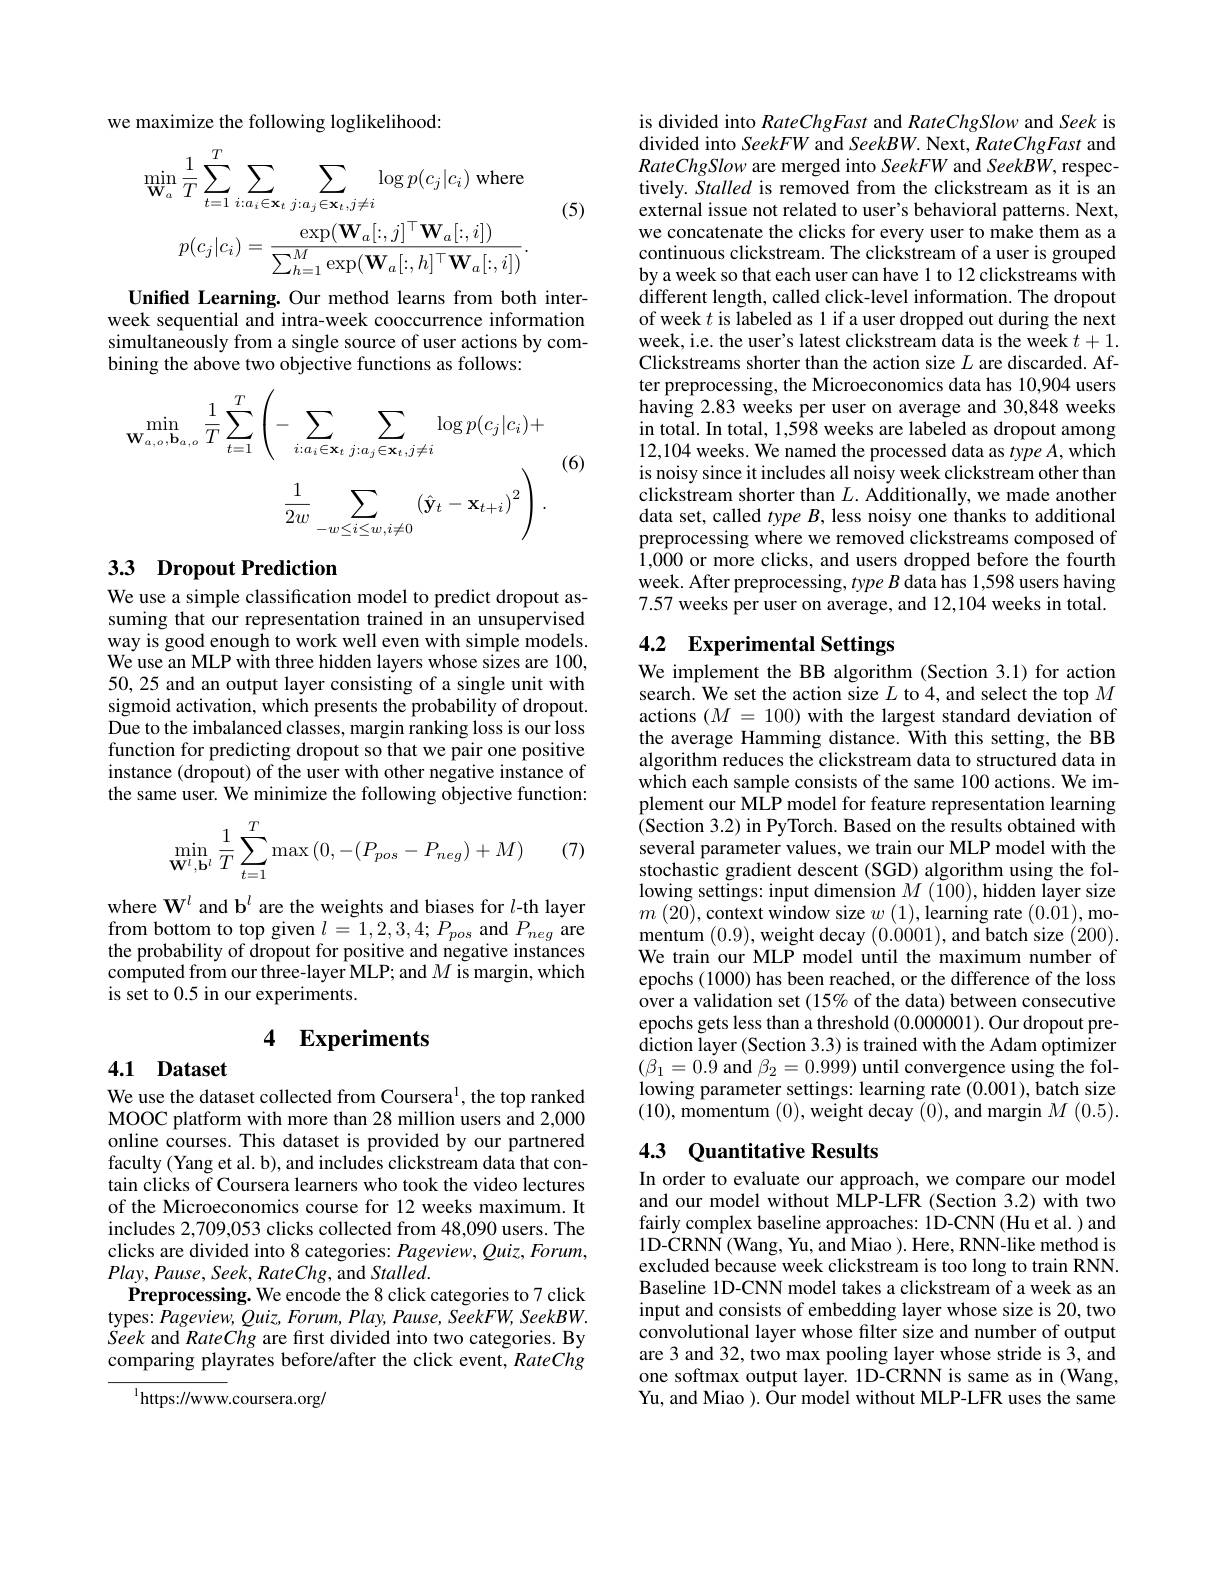
we maximize the following loglikelihood:

(5)
$$\min_{\mathbf{W}_{a}}\frac{1}{T}\sum_{t=1}^{T}\sum_{i:a_{i}\in\mathbf{x}_{t}}\sum_{j:a_{j}\in\mathbf{x}_{t},j\neq i}\log p(c_{j}|c_{i})\text{where}$$
$$p(c_j|c_i)=\frac{\exp(\mathbf{W}_a[:,j]^\top\mathbf{W}_a[:,i])}{\sum_{h=1}^M\exp(\mathbf{W}_a[:,h]^\top\mathbf{W}_a[:,i])}.$$
Unified Learning. Our method learns from both interweek sequential and intra-week cooccurrence information simultaneously from a single source of user actions by combining the above two objective functions as follows:
$$\begin{aligned}\min_{\mathbf{W}_{a,o},\mathbf{b}_{a,o}}&\frac{1}{T}\sum_{t=1}^{T}\left(-\sum_{i:a_{i}\in\mathbf{x}_{t}}\sum_{j:a_{j}\in\mathbf{x}_{t},j\neq i}\log p(c_{j}|c_{i})+\\&\frac{1}{2w}\sum_{-w\leq i\leq w,i\neq0}\left(\hat{\mathbf{y}}_{t}-\mathbf{x}_{t+i}\right)^{2}\right).\end{aligned}$$
(6)

## 33 Dropout Prediction

We use a simple classification model to predict dropout assuming that our representation trained in an unsupervised way is good enough to work well even with simple models. We use an MLP with three hidden layers whose sizes are 100, 50, 25 and an output layer consisting of a single unit with sigmoid activation, which presents the probability of dropout. Due to the imbalanced classes, margin ranking loss is our loss function for predicting dropout so that we pair one positive instance (dropout) of the user with other negative instance of the same user. We minimize the following objective function:
$$\begin{aligned}\min_{\mathbf{W}^l,\mathbf{b}^l}\frac{1}{T}\sum_{t=1}^T\max\left(0,-(P_{pos}-P_{neg})+M\right)\end{aligned}$$
(7)

where $\mathbf{W}^l$ and b$^l$ are the weights and biases for $l$-th layer from bottom to top given $l=1,2,3,4;P_{pos}$ and $P_{neg}$ are the probability of dropout for positive and negative instances computed from our three-layer MLP; and $M$ is margin, which is set to 0.5 in our experiments.

# 4 Experiments

# 4.1 Dataset

We use the dataset collected from Coursera$^1$, the top ranked MOOC platform with more than 28 million users and 2,000 online courses. This dataset is provided by our partnered faculty (Yang et al. b), and includes clickstream data that contain clicks of Coursera learners who took the video lectures of the Microeconomics course for 12 weeks maximum. It includes 2,709,053 clicks collected from 48,090 users. The clicks are divided into 8 categories: Pageview, Quiz, Forum, $Play,Pause,Seek,RateChg$, and Stalled.
Preprocessing. We encode the 8 click categories to 7 click types: Pageview, Quiz, Forum, Play, Pause, SeekFW, SeekBW. $\tilde{S}eek$ and RateChg are first divided into two categories. By comparing playrates before/after the click event, RateChg

${^{1}\mathrm{https://www}}.$coursera.org/

is divided into RateChgFast and RateChgSlow and Seek is divided into SeekFW and SeekBW. Next, RateChgFast and RateChgSlow are merged into SeekFW and SeekBW, respectively. Stalled is removed from the clickstream as it is an external issue not related to user's behavioral patterns. Next, we concatenate the clicks for every user to make them as a continuous clickstream. The clickstream of a user is grouped by a week so that each user can have 1 to 12 clickstreams with different length, called click-level information. The dropout of week $t$ is labeled as 1 if a user dropped out during the next week, i.e. the user's latest clickstream data is the week $t+1.$ Clickstreams shorter than the action size $L$ are discarded. After preprocessing, the Microeconomics data has 10,904 users having 2.83 weeks per user on average and 30,848 weeks in total. In total, 1,598 weeks are labeled as dropout among 12,104 weeks. We named the processed data as type A, which is noisy since it includes all noisy week clickstream other than clickstream shorter than $L.$ Additionally, we made another data set, called $typeB$, less noisy one thanks to additional preprocessing where we removed clickstreams composed of 1,000 or more clicks, and users dropped before the fourth week. After preprocessing, $type\textit{B data has 1, 598 users having}$ 7.57 weeks per user on average, and 12,104 weeks in total.

# 4.2 Experimental Settings

We implement the BB algorithm (Section 3.1) for action search. We set the action size $L$ to 4, and select the top $M$ actions $( M$ = 100) with the largest standard deviation of the average Hamming distance. With this setting, the BB algorithm reduces the clickstream data to structured data in which each sample consists of the same 100 actions. We implement our MLP model for feature representation learning (Section 3.2) in PyTorch. Based on the results obtained with several parameter values, we train our MLP model with the stochastic gradient descent (SGD) algorithm using the following settings: input dimension $M\left(100\right)$,hidden Iayer size $m$ ( 20) , context window size $w$ ( 1) , learning rate ( 0. 01) , mo- mentum (0.9),weight decay (0.0001),and batch size (200). We train our MLP model until the maximum number of epochs (1000) has been reached, or the difference of the loss over a validation set (15% of the data) between consecutive epochs gets less than a threshold (0.000001). Our dropout pre- $\hat{\text{diction layer(Section 3.3) is trained with the Adam optimizer}}$ $(\beta_{1}=0.\dot{9}$ and $\beta_2=0.999)$ until convergence using the following parameter settings: learning rate (0.001), batch size (10), momentum (0),weight decay (0), and margin $M(0.5).$

## 43 Quantitative Results

In order to evaluate our approach, we compare our model and our model without MLP-LFR (Section 3.2) with two fairly complex baseline approaches: 1D-CNN (Hu et al. ) and 1D-CRNN (Wang, Yu, and Miao ). Here, RNN-like method is excluded because week clickstream is too long to train RNN. Baseline 1D-CNN model takes a clickstream of a week as an input and consists of embedding layer whose size is 20, two convolutional layer whose filter size and number of output are 3 and 32, two max pooling layer whose stride is 3, and one softmax output layer. 1D-CRNN is same as in (Wang, Yu, and Miao ). Öur model without MLP-LFR uses the same